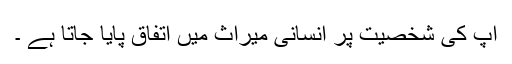
آپ کی شخصیت پر انسانی میراث میں اتفاق پایا جاتا ہے ۔